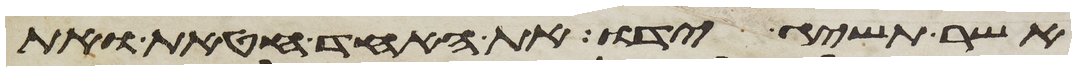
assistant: אשר תשיג ידו את האחד חטאת ואת